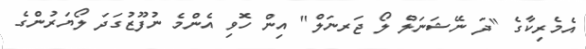
އެމެރިކާގެ "ދަ ނޭޝަނަލް ލޯ ޖަރނަލް" އިން ހޮވި އެންމެ ނުފޫޒުގަދަ ލޯޔަރުންގެ